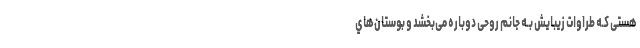
هستی کـه طراوات زیبایش بـه جانم روحی دوباره می‌بخشد و بوستان‌هاي‌